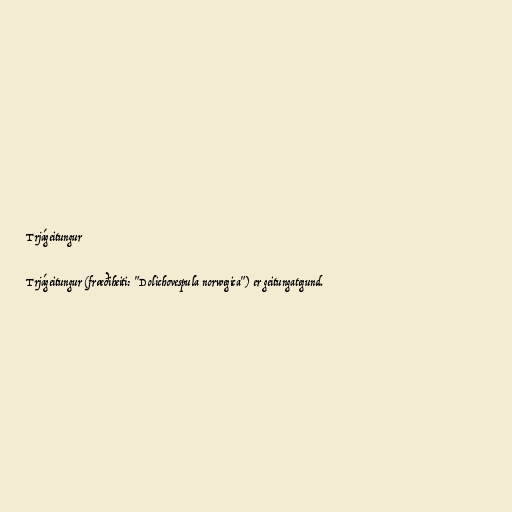
Trjágeitungur

Trjágeitungur (fræðiheiti: "Dolichovespula norwegica") er geitungategund.